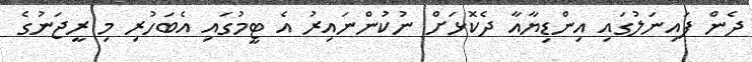
ދެން ފައިނަލުގައި އިންޑިޔާއާ ދެކޮޅަށް ނުކުންނައިރު އެ ޓީމުގައި އެބަހުރި މި ރީޖަނުގެ